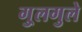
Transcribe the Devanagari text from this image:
गु्लगुले